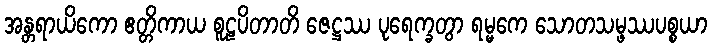
အန္တရာယိကော ဧတ္တိကာယ စူဠပိတာတိ ဇေဋ္ဌဿ ပုရေက္ခတွာ ရမ္မကေ သောတသမ္ဖဿပစ္စယာ